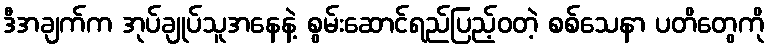
ဒီအချက်က အုပ်ချုပ်သူအနေနဲ့ စွမ်းဆောင်ရည်ပြည့်ဝတဲ့ စစ်သေနာ ပတိတွေကို